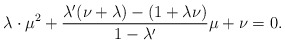
\begin{align*}\lambda \cdot \mu^2+\frac{\lambda'( \nu+\lambda)-(1+\lambda\nu)}{1-\lambda'}\mu+\nu=0.\end{align*}